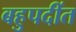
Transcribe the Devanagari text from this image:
बहुपदींत